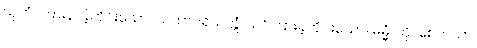
သုတံ၊ ကြားနာခဲ့တိုင်းသော။ ယထာပရိယတ္တံ၊ သင်ကြားခဲ့တိုင်းသော။ ဓမ္မံ၊ ကို။ စေတသာ၊